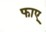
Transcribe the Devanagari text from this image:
फाए